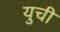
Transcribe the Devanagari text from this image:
युची